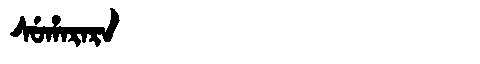
Manchu: ᠰᡠᡥᠠᡵᠠᡵᠠ
Romanization: SUHARARA